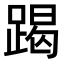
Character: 𨃃